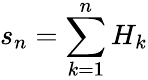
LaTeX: s_{n}=\sum_{k=1}^{n}H_{k}